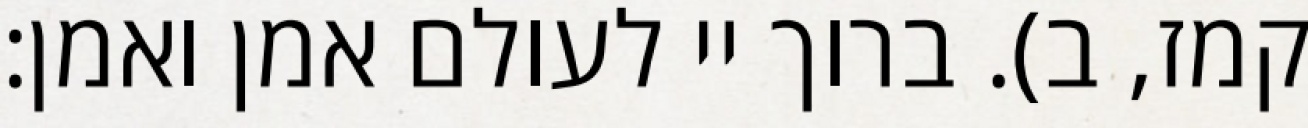
קמז, ב). ברוך יי לעולם אמן ואמן: